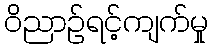
ဝိညာဉ်ရင့်ကျက်မှု